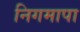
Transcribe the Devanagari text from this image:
निगमापा